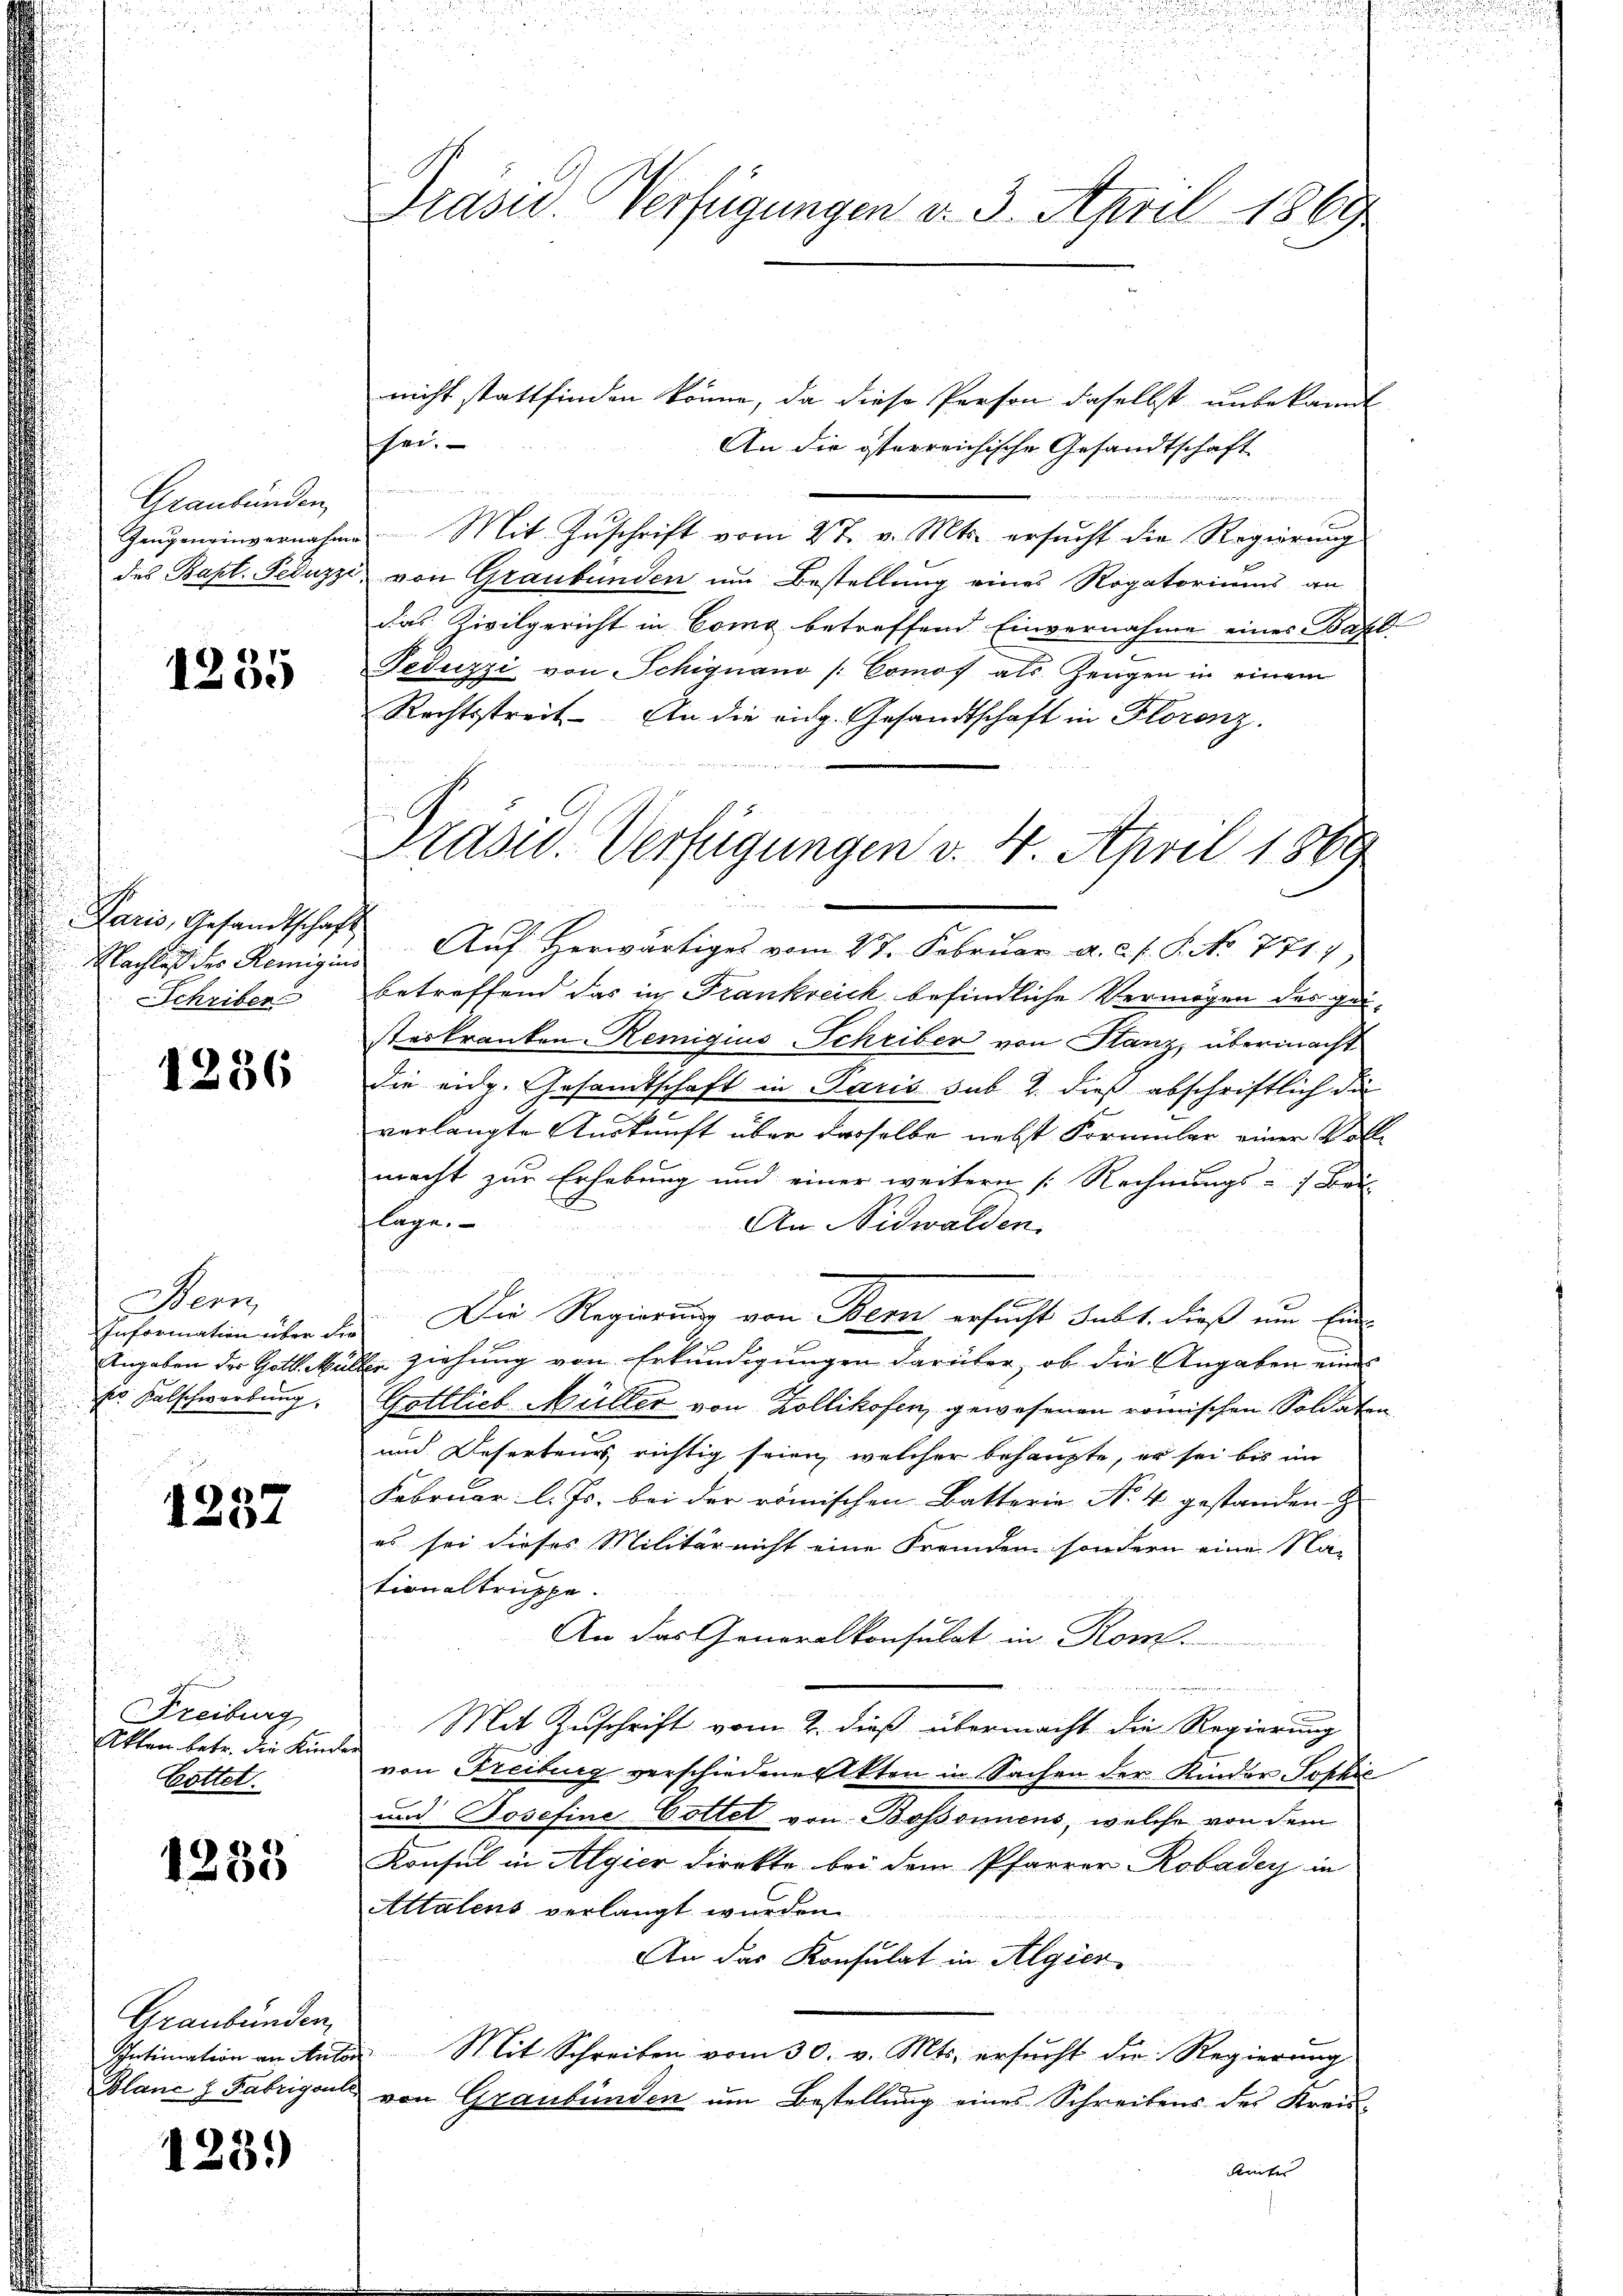
Graubünden
Gangeneinvernahme
des Bapt. Feduzzi.

1235

Paris, Gesandtschaft
Nachlaß der Remigius
Schriben

1236

Dem
Information über die
Angaben der Gott. Mulr Kelschwerbung,

1237

Freiburg
Akten betr. die Kinde
Gottet.

1233

Graubünden
Intimation an Autor
Blanc f. Fabrigenle

123.

Präsid. Verfügungen v. 3. April 1869

sen. |

Drasw. Verfügungen v. 4. April 1869

nicht stattfinden könne, da diese Person daselbst unbekannt
An die österreichische Gesandtschaft

Mit Zuschrift vom 27. v. Mts. ersucht die Regierung
von Graubünden um Bestellung eines Rogatoriums an
das Civilgericht in Como betreffend Einvernahme eines Basl
Feduzzi von Schignano [Comos als Zeugen in einem
Rechtsstreit. An die eidg. Gesandtschaft in Florenz.
Auf Herwärtiges vom 27. Februar a. c. J. P. No 771.
betreffend das in Frankreich befindliche Vermögen des geisteskranken Remigius Schriber von Stanz, übermacht
die eidg. Gesandtschaft in Paris sub 2. dieß abschriftlich die
verlangte Auskunft über dasselbe nebst Formler einer Voll-
macht zur Erhebung und einer weitern [Rechnungs- Bei-
lage.
An Nidwalden.
x

Die Regierung von Bern ersucht habt, dieß um Ein-
sie ziehung von Erkundigungen darüber, ob die Angaben eines
Gottlieb Müller von Zollikofen, gewesenen römischen Soldaten
und Deserteurs richtig seien, welcher behaupte, er sei bis im
Februar l. Js. bei der römischen Batterie No. 4 gestanden
es sei dieses Militär nicht eine Fremden sondern eine Na-
tionaltruppe.
An das Generalkonsulat in Rom.

Mit Zuschrift vom 2. dieß übermacht die Regierung
von Freiburg verschiedene Akten in Sachen der Kinder Sophis
und Josefine Cottet von Bosonnens, welche von dem
Konsul in Algier direkte bei dem Pfarrer Robaden in
Attalens verlangt wurden
An das Konsulat in Algier
Mit Schreiben vom 30. v. Mts. ersucht der Regierung
2
von Graubünden um Bestellung eines Schreibens des Kreis-
dunter

.